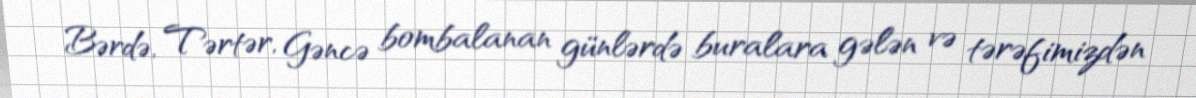
Bərdə, Tərtər, Gəncə bombalanan günlərdə buralara gələn və tərəfimizdən